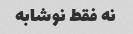
نه فقط نوشابه